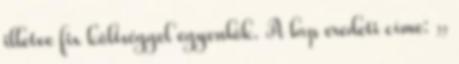
illetve fix költséggel egyenlők. A lap eredeti címe: „